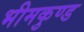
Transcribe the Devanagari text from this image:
भीमकुण्ड